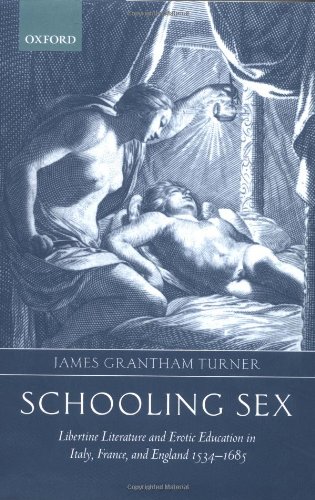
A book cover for Schooling Sex: Libertine Literature and Erotic Education in Italy, France, and England 1534-1685; James Grantham Turner; Gay & Lesbian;